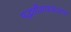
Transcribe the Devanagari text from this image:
पद्धतीशास्त्रालाच